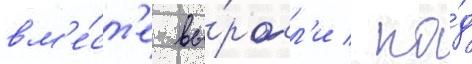
вм'е́ст'е вы́росл'и / по́д